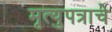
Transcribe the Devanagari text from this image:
मृत्युपत्राचे